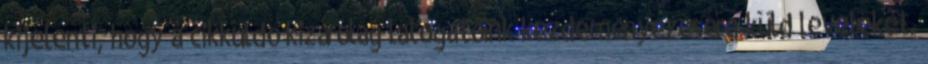
kijelenti, hogy a cikküldő kizárólag látogatóink kezdeményezésére küld leveleket.